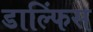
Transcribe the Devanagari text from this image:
डाल्फिंस